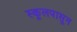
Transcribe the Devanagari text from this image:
स्कूलपासून